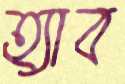
হ্যাব